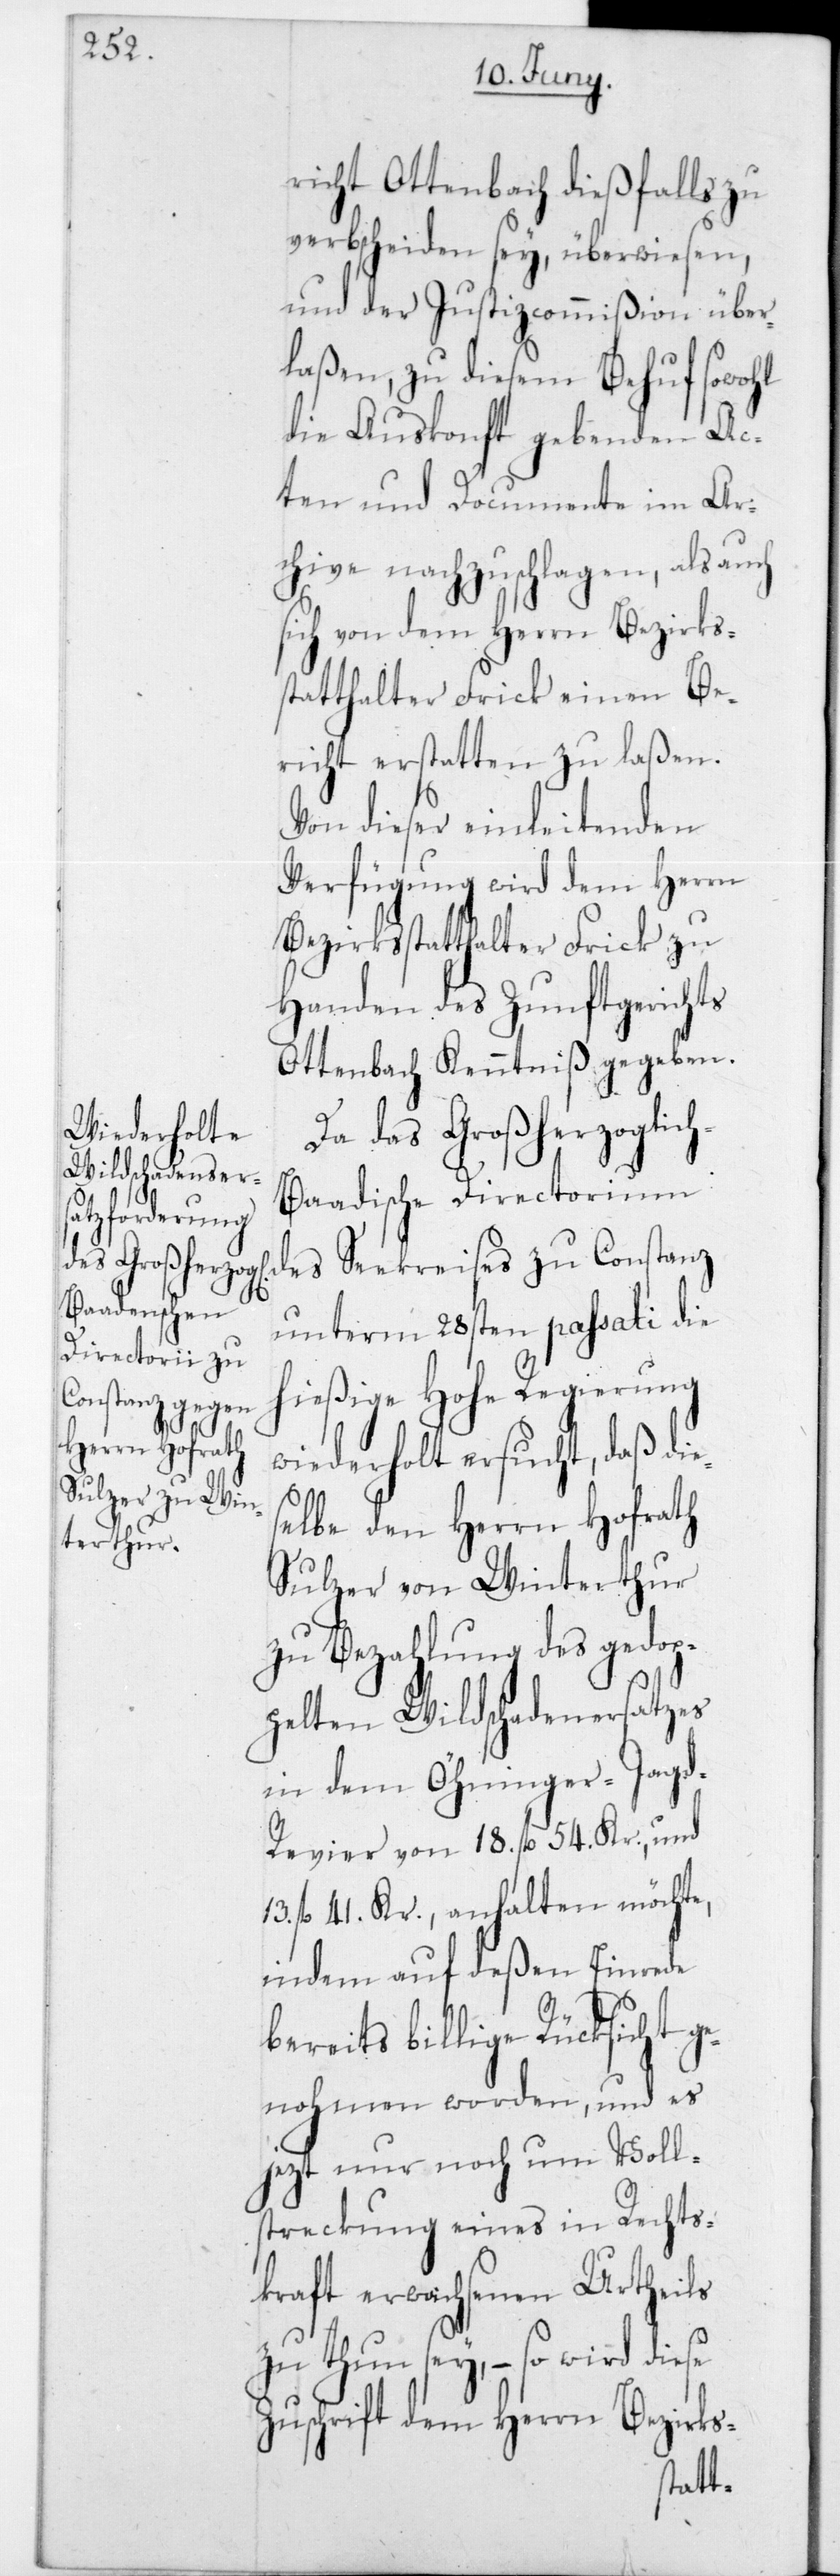
richt Ottenbach dießfalls zu
verbscheiden sey, überwiesen,
und der Justizcommißion über¬
laßen, zu diesem Behuf sowohl
die Auskonft gebenden Ac¬
ten und Documente im Ar¬
chive nachzuschlagen, als auch
sich von dem Herrn Bezirks¬
statthalter Frick einen Be¬
richt erstatten zu laßen.
Von dieser einleitenden
Verfügung wird dem Herrn
Bezirksstatthalter Frick zu
Handen des Zunftgerichts
Ottenbach Kenntniß gegeben.
Da das Großherzoglic¬
h-Baadische Directorium
des Seekreises zu Constanz
unterm 28sten passati die
hießige Hohe Regierung
wiederholt ersucht, daß die¬
selbe den Herrn Hofrath
Sulzer von Winterthur
zu Bezahlung des gedop¬
pelten Wildschadenersatzes
in dem Öhninger-Jag¬
d-Revier von 18 fl. 54 Kr., und
13 fl. 41 Kr., anhalten möchte,
indem auf deßen Einrede
bereits billige Rücksicht ge¬
nohmen worden, und es
jezt nur noch um Voll¬
streckung eines in Rechts¬
kraft erwachsenen Urtheils
zu thun sey, – so wird diese
Zuschrift dem Herrn Bezirks-